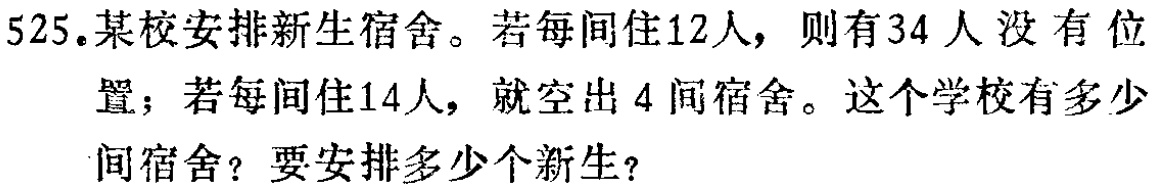
525.某校安排新生宿舍。若每间住12人，则有34人没有位置；若每间住14人，就空出4间宿舍。这个学校有多少间宿舍？要安排多少个新生？